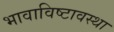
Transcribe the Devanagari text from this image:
भावाविष्टावस्था